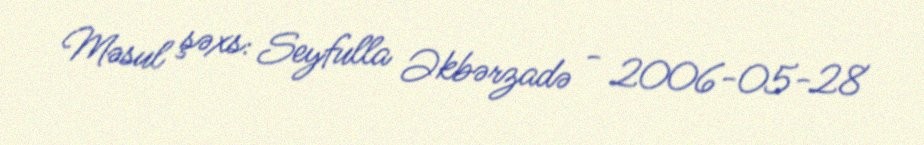
Məsul şəxs: Seyfulla Əkbərzadə - 2006-05-28